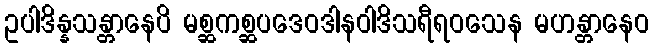
ဥပါဒိန္နသန္တာနေပိ မစ္ဆကစ္ဆပဒေဝဒါနဝါဒိသရီရဝသေန မဟန္တာနေဝ